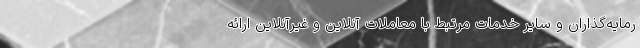
رمایه‌گذاران و سایر خدمات مرتبط با معاملات آنلاین و غیرآنلاین ارائه